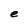
Character: e